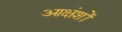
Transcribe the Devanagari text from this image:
आक्षंशों